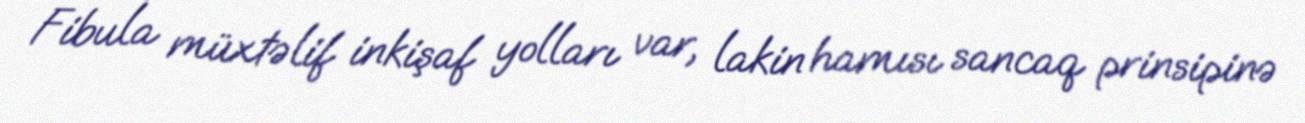
Fibula müxtəlif inkişaf yolları var, lakin hamısı sancaq prinsipinə